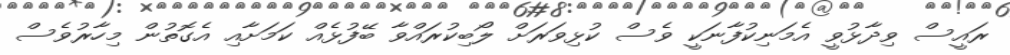
ރައީސް ވިދާޅުވީ އެމަނިކުފާނަކީ ވެސް ކުޅިވަރަށް ލޯބިކުރައްވާ ބޭފުޅެއް ކަމަށާއި އެގޮތުން މިހާރުވެސް